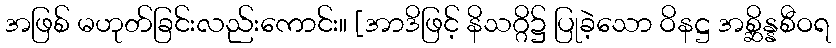
အဖြစ် မဟုတ်ခြင်းလည်းကောင်း။ [အာဒိဖြင့် နိသဂ္ဂိ၌ ပြုခဲ့သော ဝိနဋ္ဌ အစ္ဆိန္နစီဝရ